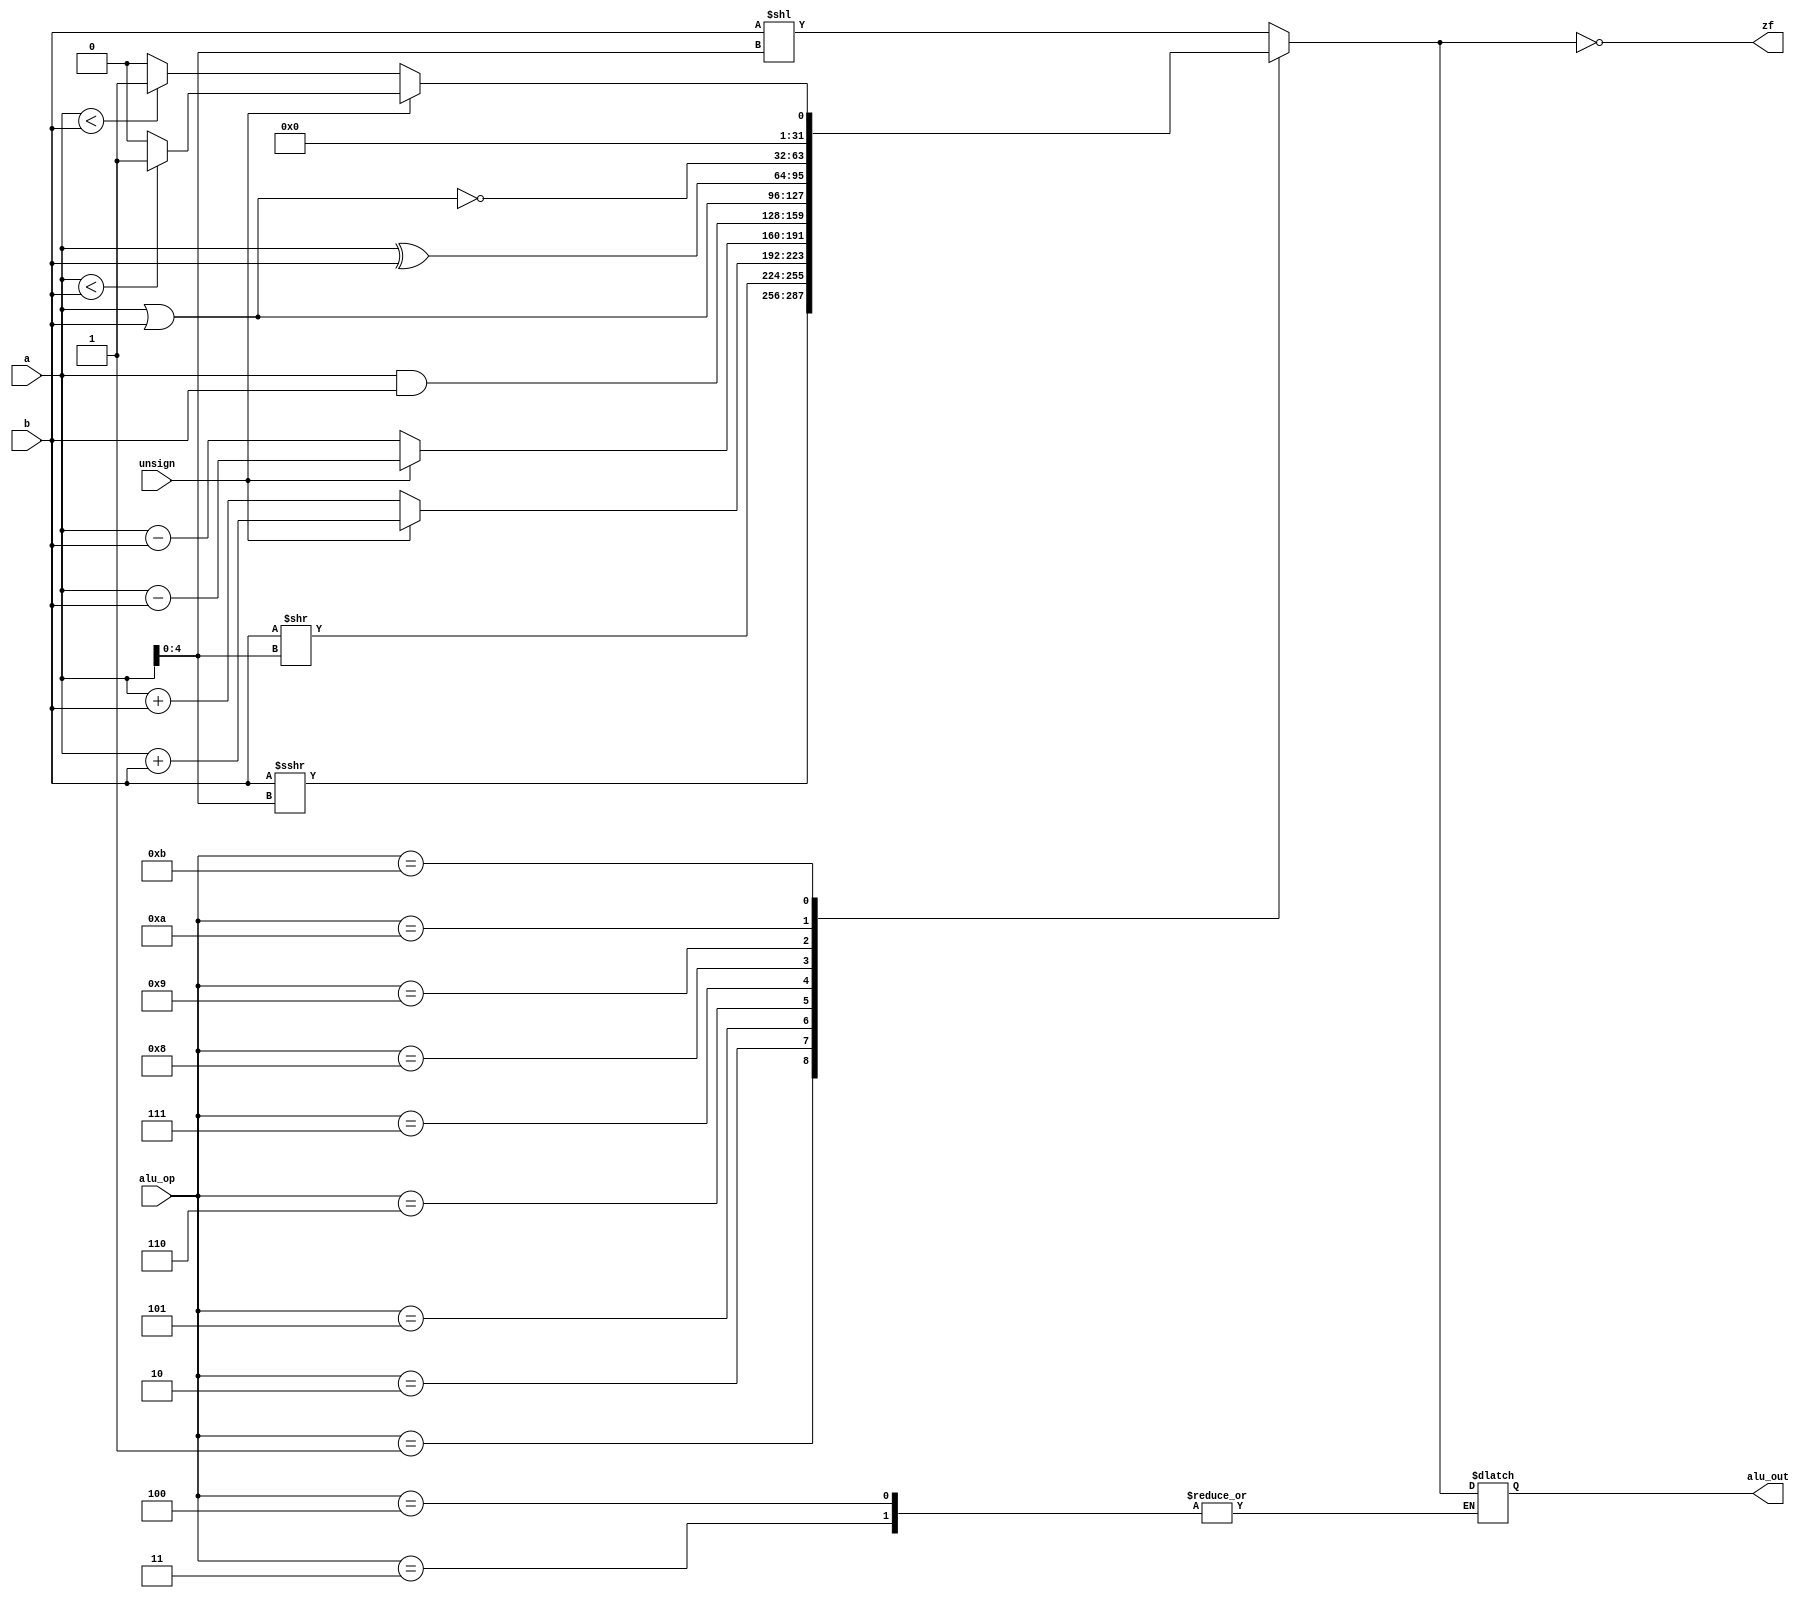
`timescale 1ns / 1ps

module ALU(
    input wire[3:0] alu_op,
    input wire unsign,
    input wire[31:0] a,b,
    output reg[31:0] alu_out,
    output reg zf // zero
    );

    reg[31:0] hi,lo;

    always @(*) begin
        case(alu_op)
            4'b0000: alu_out = b << a[4:0];                     // sll
			4'b0001: alu_out = $signed(b) >>> a[4:0];           // sra|srav
			4'b0010: alu_out = b >> a[4:0];                     // srl|srlv
			4'b0011: begin 
                        if(unsign)
                            {hi,lo} = a * b; // multu
                        else
                            {hi,lo} = $signed(a) * $signed(b); // mult
            end
			4'b0100: begin 
                        if(unsign)
                            {hi,lo} <= {a % b, a / b}; // divu
                        else
                            {hi,lo} <= {$signed(a) % $signed(b), $signed(a) / $signed(b)}; // div
            end                         
            4'b0101: begin 
                        if(unsign)
                            alu_out = a + b; // addu
                        else
                            alu_out = $signed(a) + $signed(b); // add
            end
            4'b0110: begin 
                        if(unsign)
                            alu_out = a - b; // subu
                        else
                            alu_out = $signed(a) - $signed(b); // sub
            end
            4'b0111: alu_out = a & b;                              // and
			4'b1000: alu_out = a | b;                              // or
			4'b1001: alu_out = a ^ b;                              // xor
			4'b1010: alu_out = ~(a | b);                           // nor
			4'b1011: begin
                        if(unsign)
			                alu_out = (a < b)? 1: 0;                      // sltu
                        else
                            alu_out = ($signed(a) < $signed(b))? 1: 0;    // slt
            end     
            default: alu_out = {32{1'bx}};
        endcase
        zf = alu_out == 0;
    end
    
endmodule